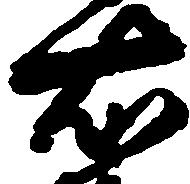
右